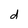
Character: d